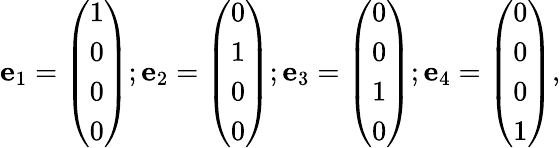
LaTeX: \mathbf{e}_{1}={\left(\begin{array}{l}{1}\\ {0}\\ {0}\\ {0}\end{array}\right)};\mathbf{e}_{2}={\left(\begin{array}{l}{0}\\ {1}\\ {0}\\ {0}\end{array}\right)};\mathbf{e}_{3}={\left(\begin{array}{l}{0}\\ {0}\\ {1}\\ {0}\end{array}\right)};\mathbf{e}_{4}={\left(\begin{array}{l}{0}\\ {0}\\ {0}\\ {1}\end{array}\right)},